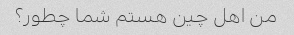
من اهل چین هستم شما چطور؟